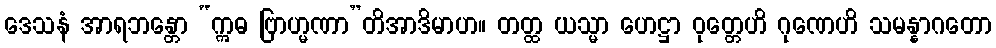
ဒေသနံ အာရဘန္တော “ဣဓ ဗြာဟ္မဏာ”တိအာဒိမာဟ။ တတ္ထ ယသ္မာ ဟေဋ္ဌာ ဝုတ္တေဟိ ဂုဏေဟိ သမန္နာဂတော